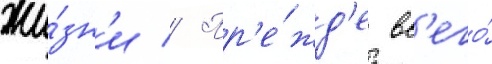
жи́зн'и // Пр'е́жд'е вс'его́